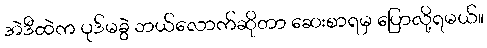
အဲဒီထဲက ပုဒ်မခွဲ ဘယ်လောက်ဆိုတာ ဆေးစာရမှ ပြောလို့ရမယ်။